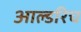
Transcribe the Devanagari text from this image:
आल्डरिच